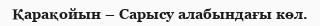
Қарақойын – Сарысу алабындағы көл.